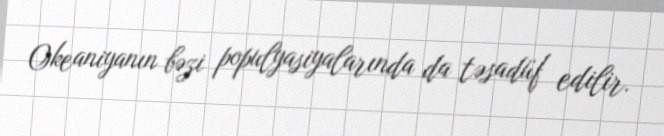
Okeaniyanın bəzi populyasiyalarında da təsadüf edilir.